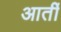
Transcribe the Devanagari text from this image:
आर्ती